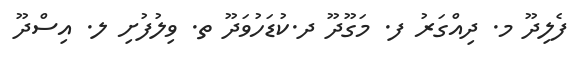
ފެލިދޫ މ. ދިއްގަރު ފ. މަގޫދޫ ދ.ކުޑަހުވަދޫ ތ. ވިލުފުށި ލ. އިސްދޫ